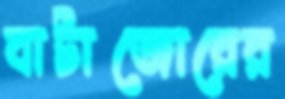
বাটাজোরের